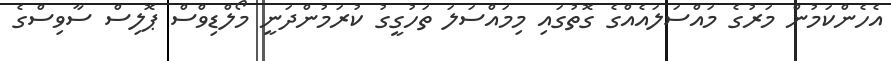
އެހެންކަމުން މަރުގެ މައްސަލައެއްގެ ގޮތުގައި މިމައްސަލަ ތަހުގީގު ކުރަމުންދަނީ މޯލްޑިވްސް ޕޮލިސް ސާވިސްގެ